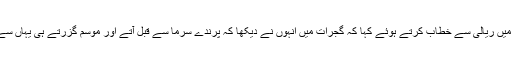
انہوں نے تریپورہ میں ریالی سے خطاب کرتے ہوئے کہا کہ گجرات میں انہوں نے دیکھا کہ پرندے سرما سے قبل آتے اور موسم گزرتے ہی یہاں سے چلے جاتے ہیں ۔